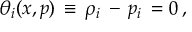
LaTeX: \theta _ { i } ( x , p ) \, \equiv \, \rho _ { i } \, - \, p _ { i } \, = 0 \, ,